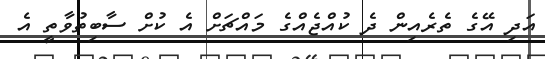
އަދި އޭގެ ތެރެއިން ދެ ކުއްޖެއްގެ މައްޗަށް އެ ކުށް ސާބިތުވާތީ އެ